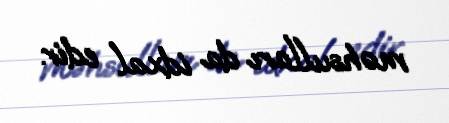
məhsulları da idxal edir.